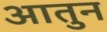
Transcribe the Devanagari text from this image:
आतुन